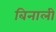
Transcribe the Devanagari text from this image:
बिनाली